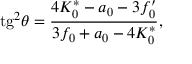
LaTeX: \mathrm { t g } ^ { 2 } \theta = \frac { 4 K _ { 0 } ^ { * } - a _ { 0 } - 3 f _ { 0 } ^ { \prime } } { 3 f _ { 0 } + a _ { 0 } - 4 K _ { 0 } ^ { * } } ,